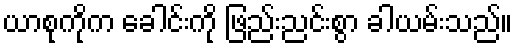
ယာစုကိုက ခေါင်းကို ဖြည်းညင်းစွာ ခါယမ်းသည်။